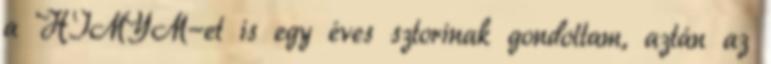
a HIMYM-et is egy éves sztorinak gondoltam, aztán az